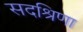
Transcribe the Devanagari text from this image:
सदश्रिणा